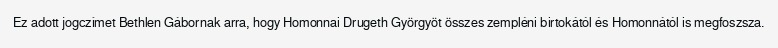
Ez adott jogczímet Bethlen Gábornak arra, hogy Homonnai Drugeth Györgyöt összes zempléni birtokától és Homonnától is megfoszsza.